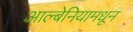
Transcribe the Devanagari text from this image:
आल्बेनियामधून